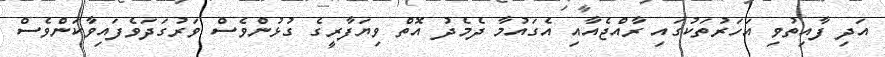
އަދި ފާއިތުވި އަހަރުތަކުގައި ރާއްޖެއާއި އެގައުމާ ދެމެދު އޮތް ވިޔަފާރީގެ ގުޅުންވެސް ވަރުގަދަވެފައިވާކަންވެސް